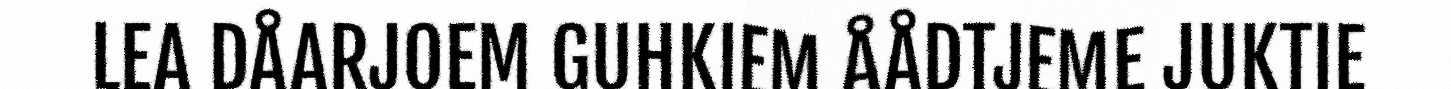
LEA DÅARJOEM GUHKIEM ÅÅDTJEME JUKTIE